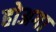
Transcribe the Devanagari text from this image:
होअगा